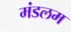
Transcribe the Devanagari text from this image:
मंडलम